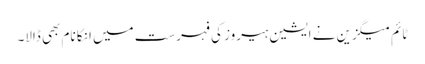
ٹائم میگزین نے ایشین ہیروز کی فہرست میں انکا نام بھی ڈالا۔